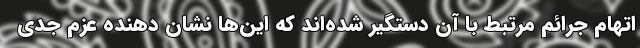
اتهام جرائم مرتبط با آن دستگیر شده‌اند که این‌ها نشان دهنده عزم جدی